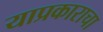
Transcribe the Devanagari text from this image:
याप्रकाराचा